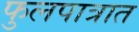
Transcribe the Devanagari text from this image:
फुलपात्रात